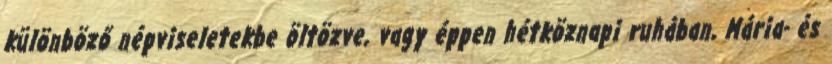
különböző népviseletekbe öltözve, vagy éppen hétköznapi ruhában, Mária- és